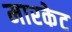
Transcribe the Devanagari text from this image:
मारकेट